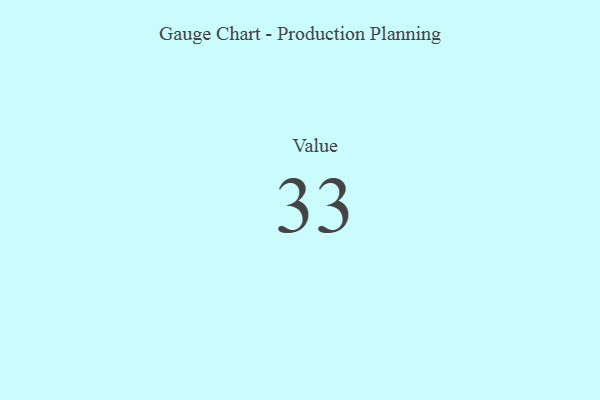
{"axis": {"x": "Metric", "y": "Value"}, "legend": [""], "data": [{"x": "Value", "y": 33, "type": ""}]}